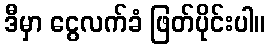
ဒီမှာ ငွေလက်ခံ ဖြတ်ပိုင်းပါ။